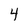
Character: 4